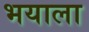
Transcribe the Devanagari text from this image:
भयाला